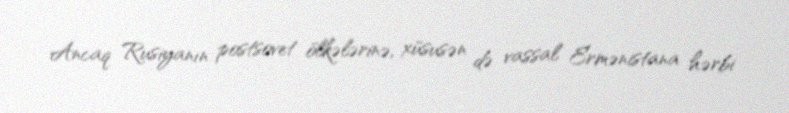
Ancaq Rusiyanın postsovet ölkələrinə, xüsusən də vassal Ermənistana hərbi